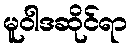
မူဝါဒဆိုင်ရာ